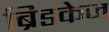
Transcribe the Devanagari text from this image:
ब्रिडकेज